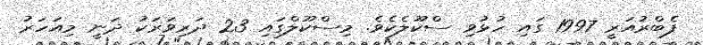
ފެބްރުއަރީ 1997 ގައި ހުޅުވި ސްކޫލެކެވެ. މިސްކޫލްގައި 23 ދަރިވަރަކު ދަނީ މިއަހަރު